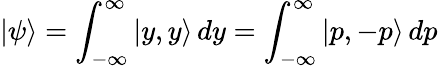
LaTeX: |\psi\rangle=\int_{-\infty}^{\infty}|y,y\rangle\, dy=\int_{-\infty}^{\infty}|p,-p\rangle\, dp